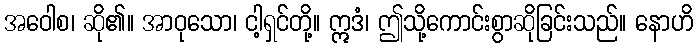
အဝေါစ၊ ဆို၏။ အာဝုသော၊ ငါ့ရှင်တို့။ ဣဒံ၊ ဤသို့ကောင်းစွာဆိုခြင်းသည်။ နောဟိ